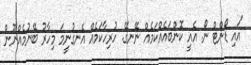
"އައި ޑޯންޓް ނޯ. އެއީ ކޮންބައެއްކަމެއް ނޭނގޭ. ހުރިހާކަމެއް އެނގުނީމަ މިހާރު ބޭނުމެއްނޫން